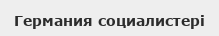
Германия социалистері